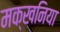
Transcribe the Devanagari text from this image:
मक्खनिया